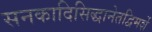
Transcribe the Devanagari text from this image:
सनकादिसिद्धानेतद्विमर्शे